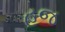
હજ